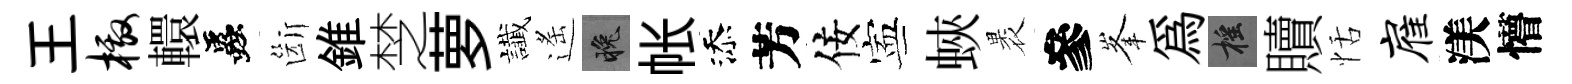
王檄轘蟲斷錐椘萝䜟遙晚帐添芳佞寕蛺褁參峯為摇贖恬雇渼懵